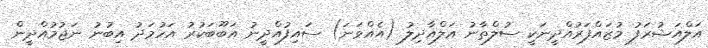
އަލްއަޝުރަފު މުޒައްފަރުއްދީނަކީ ސުލްތާނު އަލްއާދިލު (އެއްވަނަ) ސައިފުއްދީނު އަބޫބަކުރު އަހުމަދު އިބުނު ނަޖުމުއްދީން